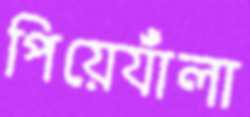
পিয়ের্যাঁলা